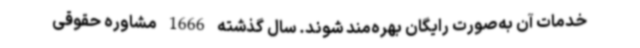
خدمات آن به‌صورت رایگان بهره‌مند شوند. سال گذشته 1666 مشاوره حقوقی